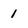
Character: 1